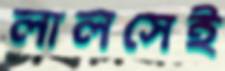
লালসেই